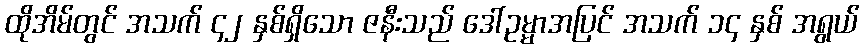
ထိုအိမ်တွင် အသက် ၄၂ နှစ်ရှိသော ဇနီးသည် ဒေါ်ဥမ္မာအပြင် အသက် ၁၄ နှစ် အရွယ်